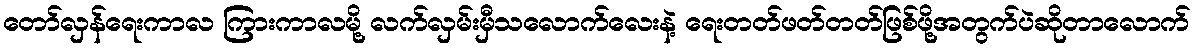
တော်လှန်ရေးကာလ ကြားကာလမို့ လက်လှမ်းမှီသလောက်လေးနဲ့ ရေးတတ်ဖတ်တတ်ဖြစ်ဖို့အတွက်ပဲဆိုတာလောက်